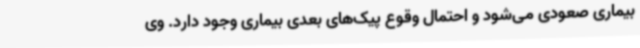
بیماری صعودی می‌شود و احتمال وقوع پیک‌های بعدی بیماری وجود دارد. وی